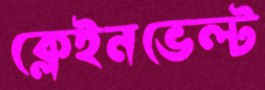
ক্লেইনভেল্ট